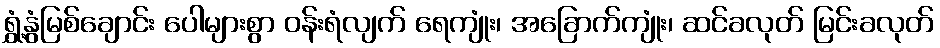
ရွှံ့နွံမြစ်ချောင်း ပေါများစွာ ဝန်းရံလျက် ရေကျုံး၊ အခြောက်ကျုံး၊ ဆင်ခလုတ် မြင်းခလုတ်